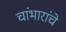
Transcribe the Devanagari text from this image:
चांभारांचे